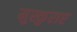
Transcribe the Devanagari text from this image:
मुस्कुराए